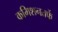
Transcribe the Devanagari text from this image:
कमिशनतर्फे